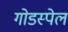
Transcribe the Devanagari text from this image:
गोडस्पेल